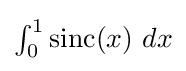
{\textstyle \int _{0}^{1}\operatorname {sinc} (x)\ dx}